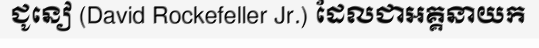
ជូនៀ (David Rockefeller Jr.) ដែលជាអគ្គនាយក